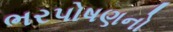
ભરપોષણનો